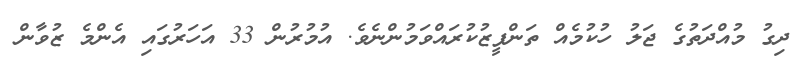
ދިގު މުއްދަތުގެ ޖަލު ހުކުމެއް ތަންފީޒުކުރައްވަމުންނެވެ. އުމުރުން 33 އަހަރުގައި އެންމެ ޒުވާން